Document type: Grant
Year: 1403
Scribe: Berenguer Pedrosell
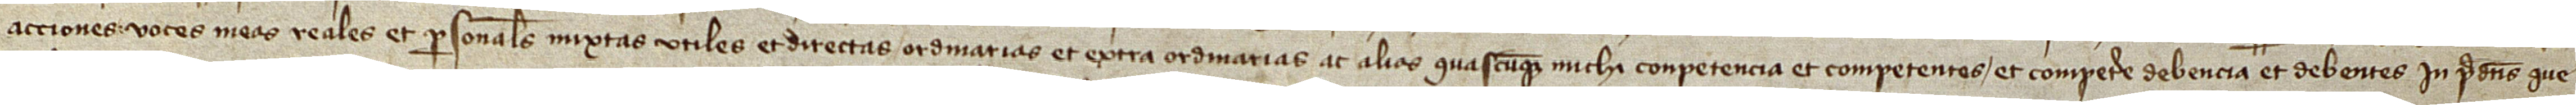
acciones, voces meas, reales et personales, mixtas, utiles et directas, ordinarias et extraordinarias ac alias quascumque michi conpetencia et competentes et competere debencia et debentes in predictis que